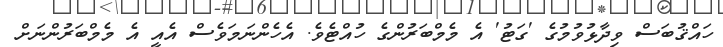
ހައްޤުބަސް ވިދާޅުވުމުގެ 'ގަޓު' އެ މެމްބަރުންގެ ހުއްޓެވެ. އެހެންނަމަވެސް އެއީ އެ މެމްބަރުންނަށް